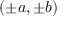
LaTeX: ( \pm a , \pm b )